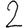
Digit: 2